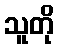
သူတို